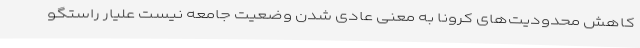
کاهش محدودیت‌های کرونا به معنی عادی شدن وضعیت جامعه نیست علیار راستگو